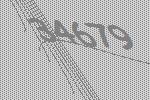
34679